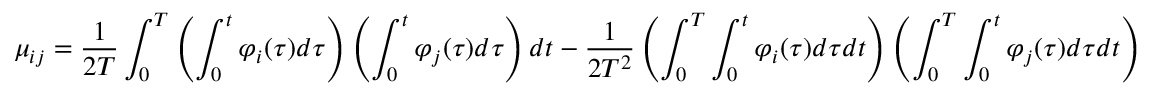
\mu _ { i j } = \frac { 1 } { 2 T } \int _ { 0 } ^ { T } \left( \int _ { 0 } ^ { t } \varphi _ { i } ( \tau ) d \tau \right) \left( \int _ { 0 } ^ { t } \varphi _ { j } ( \tau ) d \tau \right) d t - \frac { 1 } { 2 T ^ { 2 } } \left( \int _ { 0 } ^ { T } \int _ { 0 } ^ { t } \varphi _ { i } ( \tau ) d \tau d t \right) \left( \int _ { 0 } ^ { T } \int _ { 0 } ^ { t } \varphi _ { j } ( \tau ) d \tau d t \right)